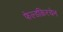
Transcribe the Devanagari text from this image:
फेल्डकिरचेन